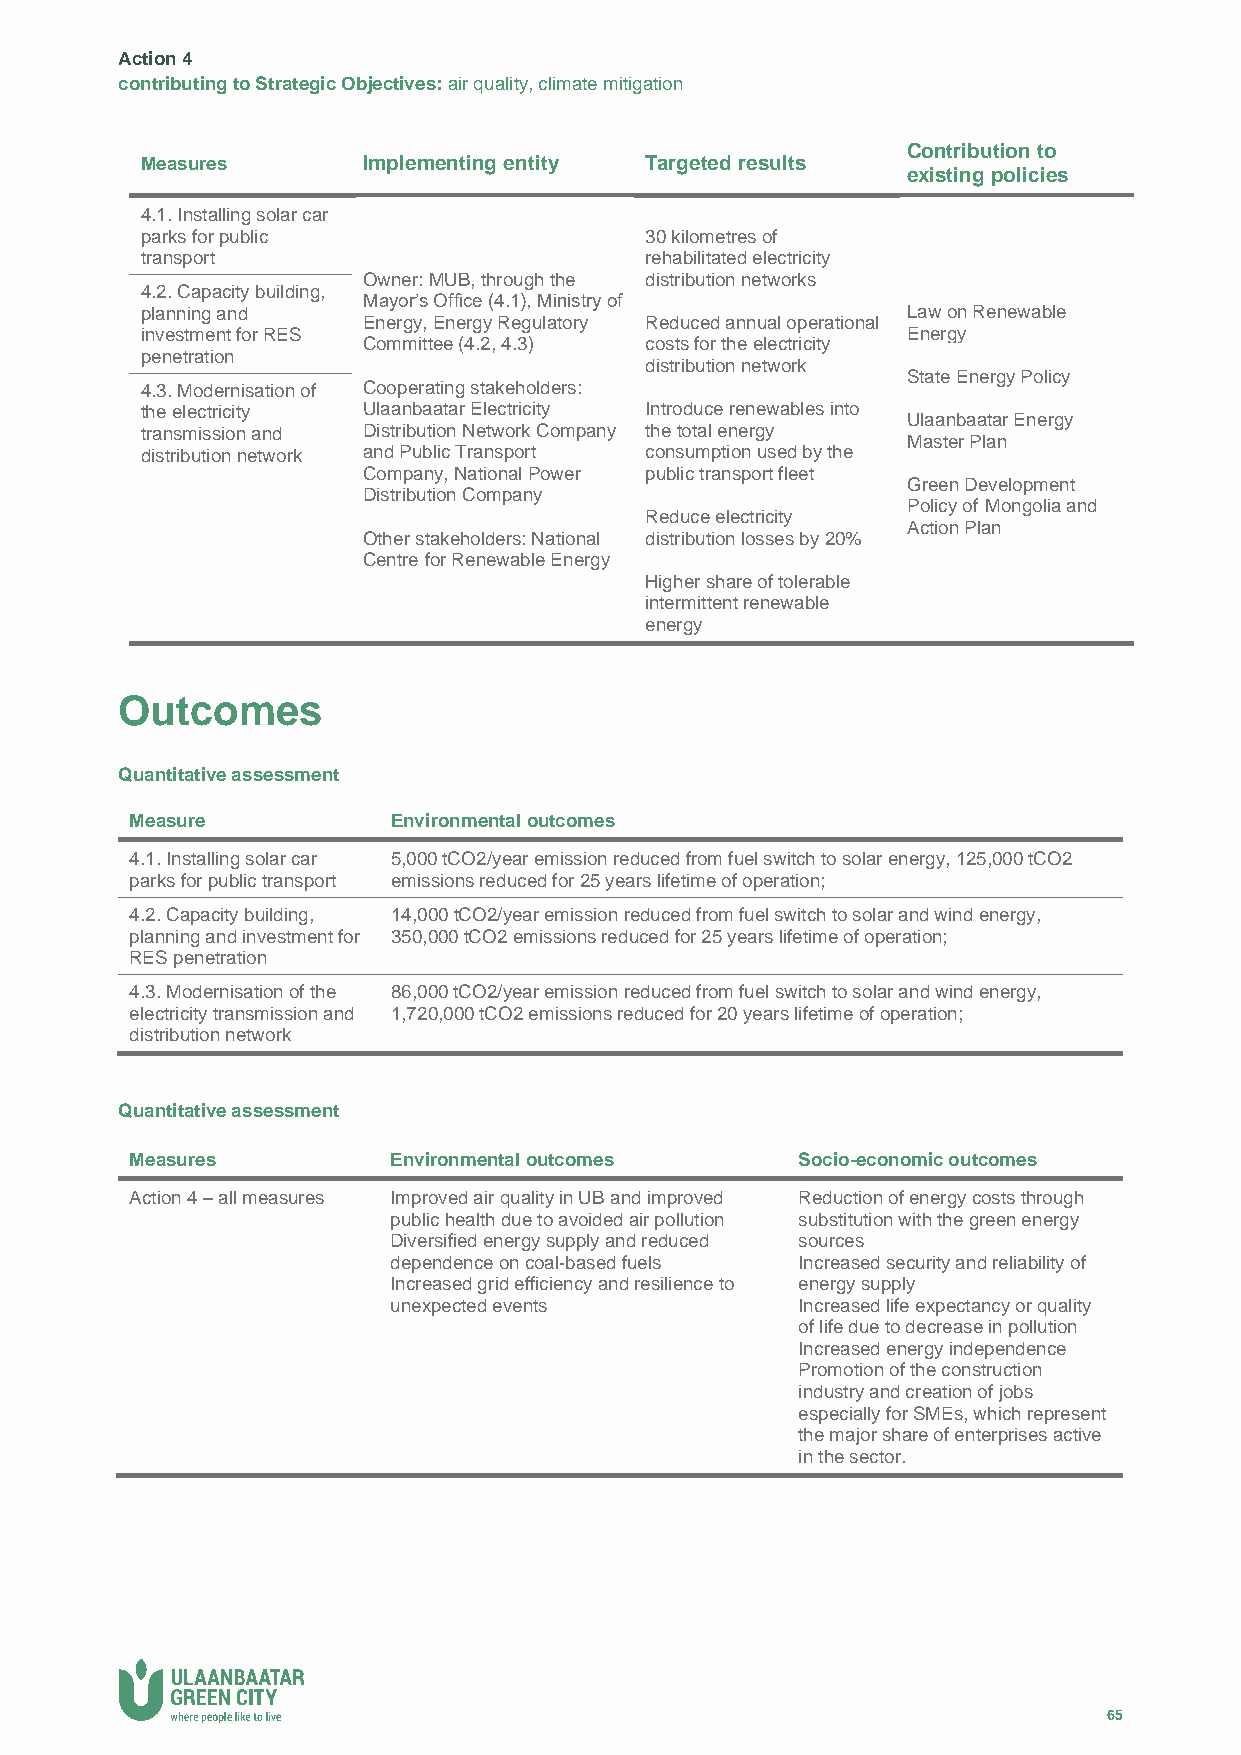
Action 4
 contributing to Strategic Objectives: air quality, climate mitigation
 Contribution to
 Measures       Implementing entity Targeted results
 existing policies
 4.1. Installing solar car
 parks for public                  30 kilometres of
 transport                         rehabilitated electricity
 Owner: MUB, through the distribution networks
 4.2. Capacity building,
 Mayor’s Office (4.1), Ministry of
 planning and                                       Law on Renewable
 Energy, Energy Regulatory Reduced annual operational
 investment for RES                                 Energy
 Committee (4.2, 4.3) costs for the electricity
 penetration
 distribution network
 State Energy Policy
 4.3. Modernisation of Cooperating stakeholders:
 the electricity Ulaanbaatar Electricity Introduce renewables into
 Ulaanbaatar Energy
 transmission and Distribution Network Company the total energy
 Master Plan
 distribution network and Public Transport consumption used by the
 Company, National Power public transport fleet
 Green Development
 Distribution Company
 Policy of Mongolia and
 Reduce electricity
 Action Plan
 Other stakeholders: National distribution losses by 20%
 Centre for Renewable Energy
 Higher share of tolerable
 intermittent renewable
 energy
 Outcomes
 Quantitative assessment
 Measure          Environmental outcomes
 4.1. Installing solar car 5,000 tCO2/year emission reduced from fuel switch to solar energy, 125,000 tCO2
 parks for public transport emissions reduced for 25 years lifetime of operation;
 4.2. Capacity building, 14,000 tCO2/year emission reduced from fuel switch to solar and wind energy,
 planning and investment for 350,000 tCO2 emissions reduced for 25 years lifetime of operation;
 RES penetration
 4.3. Modernisation of the 86,000 tCO2/year emission reduced from fuel switch to solar and wind energy,
 electricity transmission and 1,720,000 tCO2 emissions reduced for 20 years lifetime of operation;
 distribution network
 Quantitative assessment
 Measures         Environmental outcomes     Socio-economic outcomes
 Action 4 – all measures Improved air quality in UB and improved Reduction of energy costs through
 public health due to avoided air pollution substitution with the green energy
 Diversified energy supply and reduced sources
 dependence on coal-based fuels Increased security and reliability of
 Increased grid efficiency and resilience to energy supply
 unexpected events          Increased life expectancy or quality
 of life due to decrease in pollution
 Increased energy independence
 Promotion of the construction
 industry and creation of jobs
 especially for SMEs, which represent
 the major share of enterprises active
 in the sector.
 65